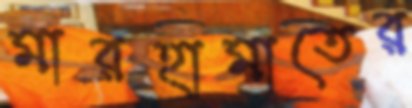
মারহামাতের